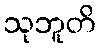
သုဘူတိ